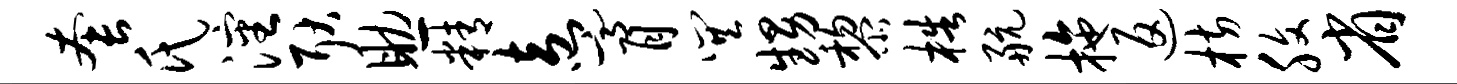
套氏沈耿助精盍膏巽甥黎梏航拖返枋腹省